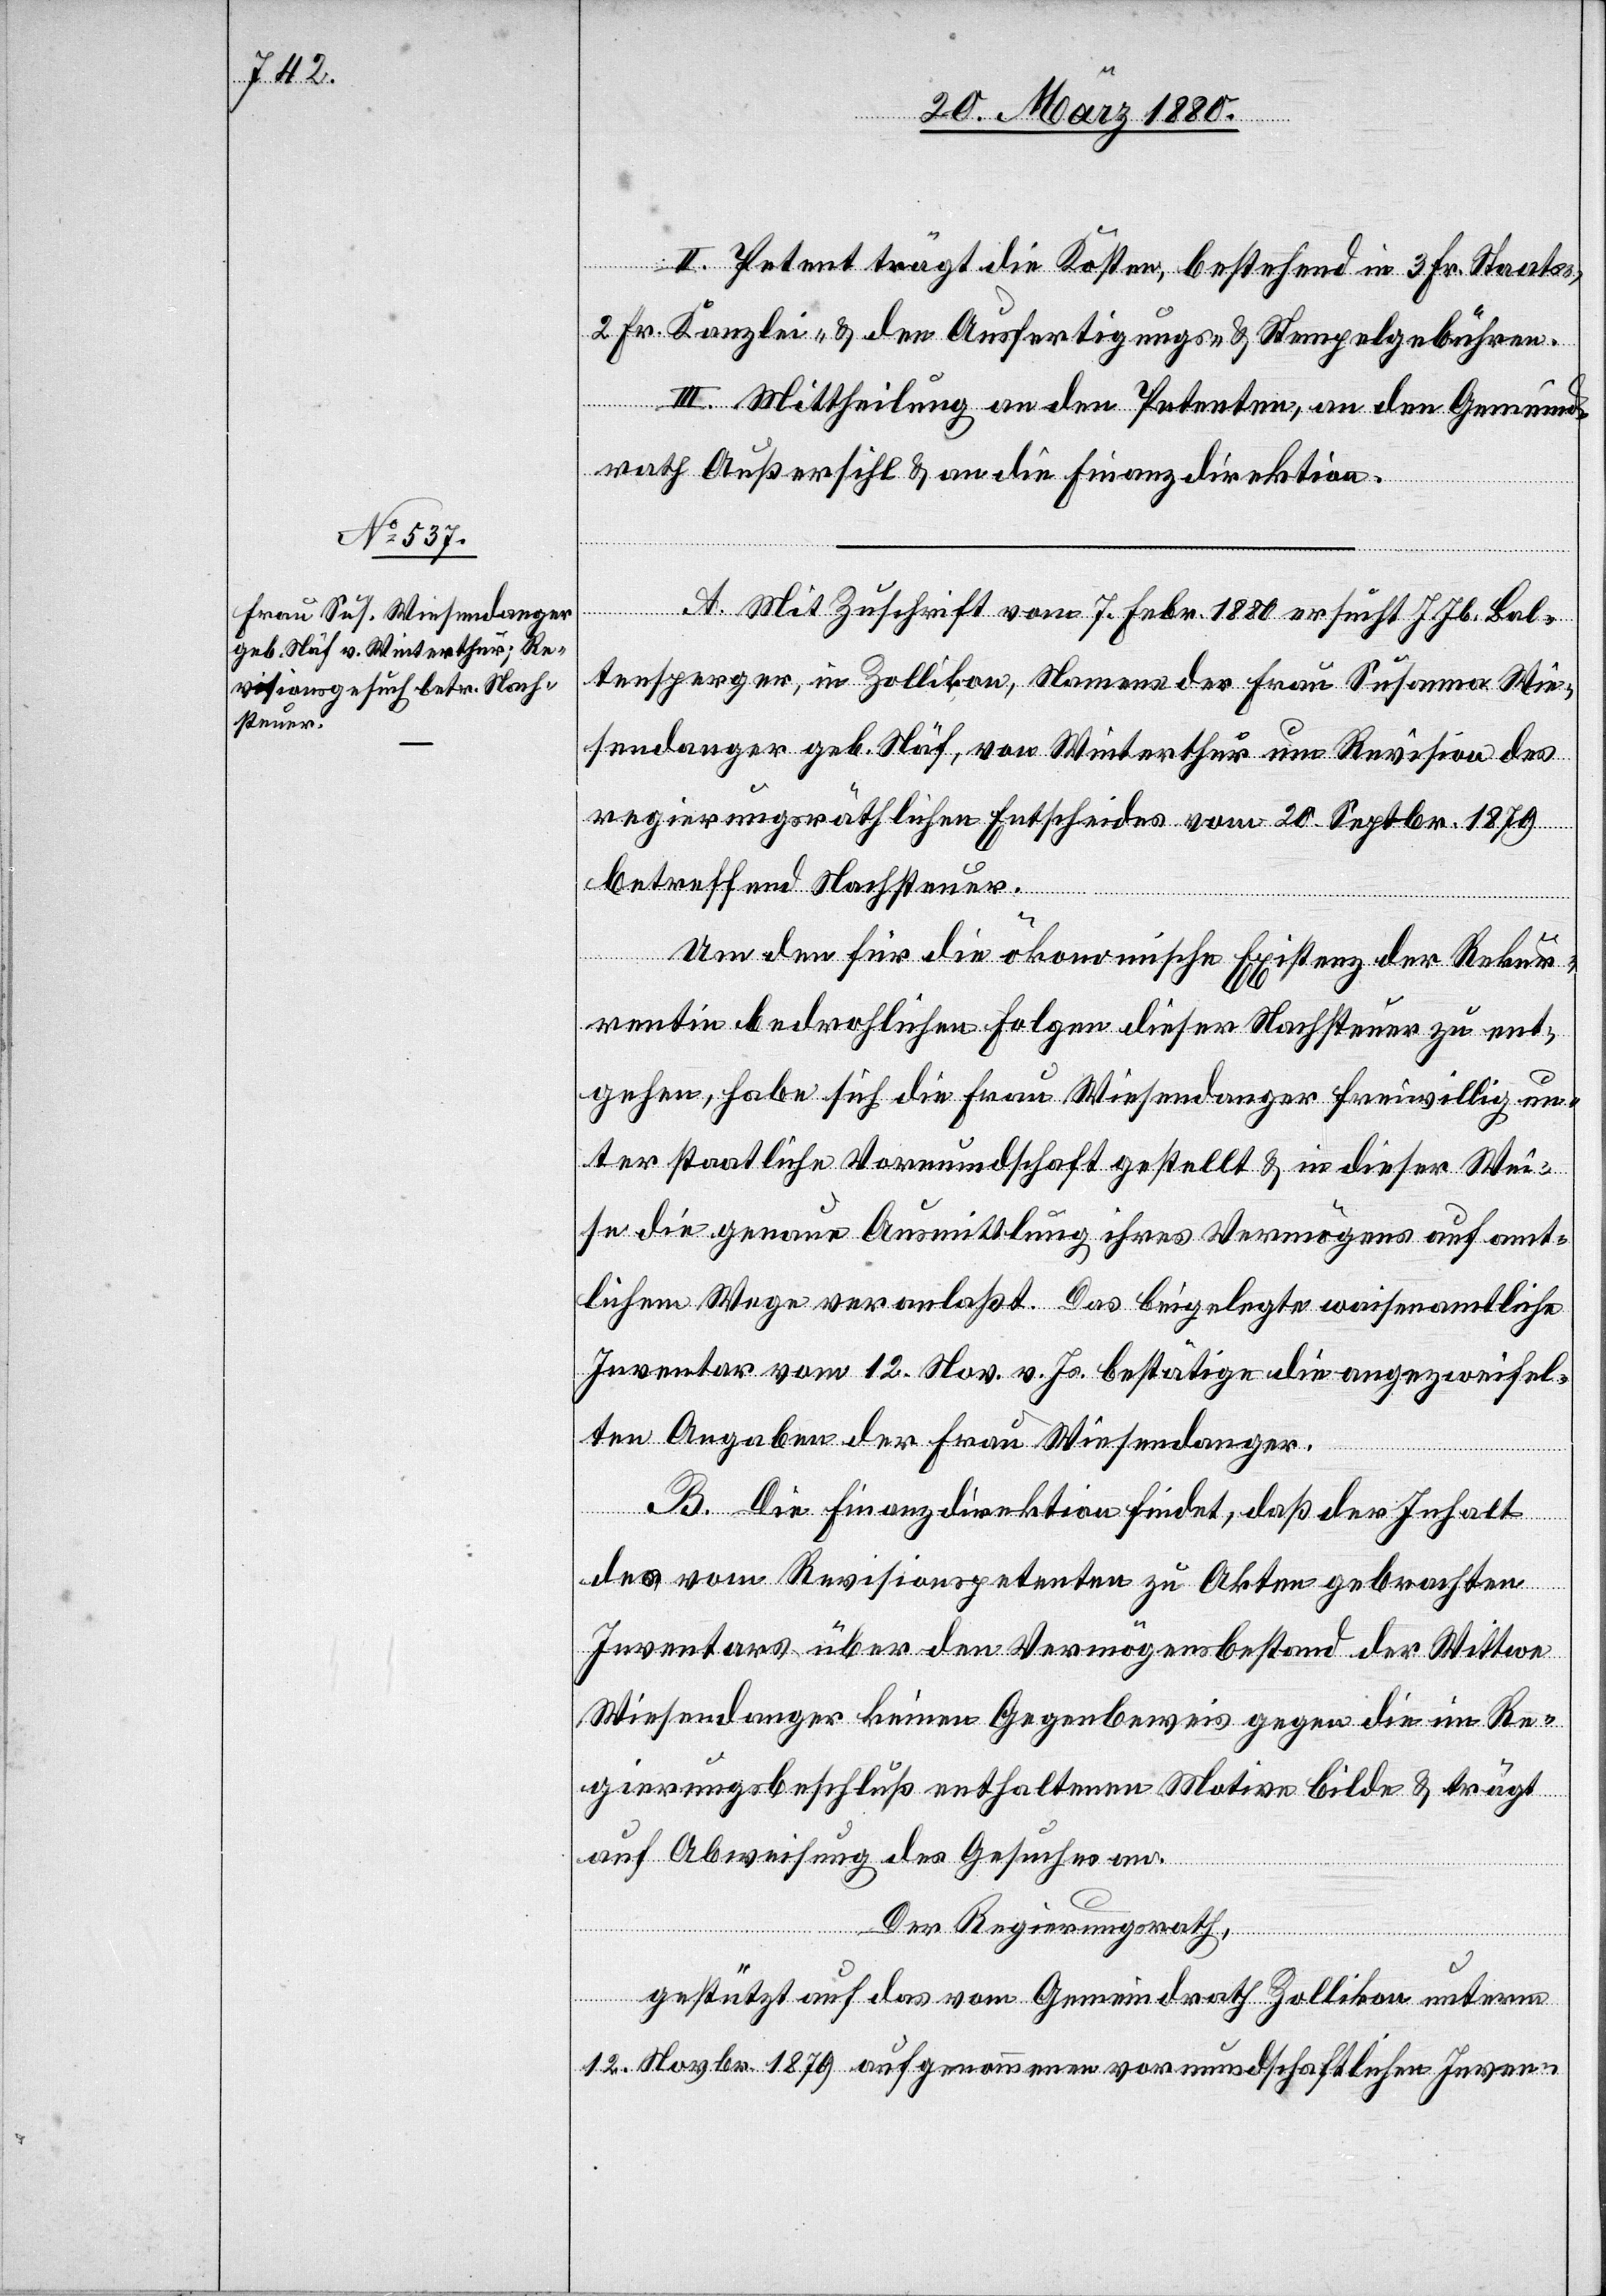
II. Petent trägt die Kosten, bestehend in 3 Fr. Staats-,
2 Fr. Kanzlei- & den Ausfertigungs- & Stempelgebühren.
III. Mittheilung an den Petenten, an den Gemeind¬
rath Außersihl & an die Finanzdirektion.
A. Mit Zuschrift vom 7. Febr. 1880 ersucht J. Jb. Bal¬
tensperger, in Zollikon, Namens der Frau Susanna Wie¬
sendanger geb. Näf, von Winterthur um Revisions des
regierungsräthlichen Entscheides vom 20. Septbr. 1879
betreffend Nachsteuer.
Um den für die ökonomische Existenz der Rekur¬
rentin berohlichen Folgen dieser Nachsteuer zu ent¬
gehen, habe sich die Frau Wiesendanger freiwillig un¬
ter staatliche Vormundschaft gestellt & in dieser Wei¬
se die genaue Ausmittlung ihres Vermögens auf amt¬
lichem Wege veranlaßt. Das beigelegte waisenamtliche
Inventar vom 12. Nov. v. Js. bestätige die angezweifel¬
ten Angaben der Frau Wiesendanger.
B. Die Finanzdirektion findet, daß der Inhalt
des vom Revisionspetenten zu Akten gebrachten
Inventars über den Vermögensbestand der Wittwe
Wiesendanger keinen Gegenbeweis gegen die im Re¬
gierungsbeschluß enthaltenen Motive bilde & trägt
auf Abweisung des Gesuches an.
Der Regierungsrath,
gestützt auf das vom Gemeindrath Zollikon unterm
12. Novbr. 1879 aufgenommene vormundschaftliche Inven-